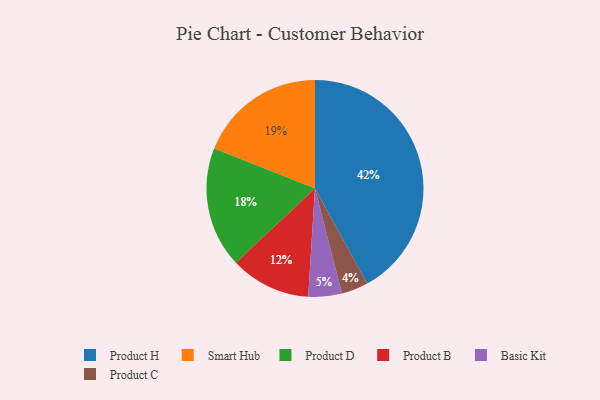
{"axis": {"x": "Category", "y": "Percentage"}, "legend": ["Basic Kit", "Product B", "Product C", "Product D", "Product H", "Smart Hub"], "data": [{"x": "Basic Kit", "y": 5, "type": "Basic Kit"}, {"x": "Product B", "y": 12, "type": "Product B"}, {"x": "Product D", "y": 18, "type": "Product D"}, {"x": "Product C", "y": 4, "type": "Product C"}, {"x": "Product H", "y": 42, "type": "Product H"}, {"x": "Smart Hub", "y": 19, "type": "Smart Hub"}]}